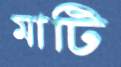
মাটি